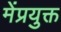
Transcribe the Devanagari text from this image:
मेंप्रयुक्त